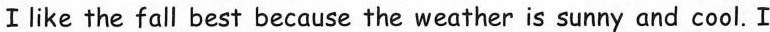
I like the fall best because the weather is sunny and cool. I